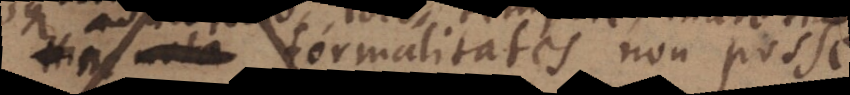
formalitates non posse